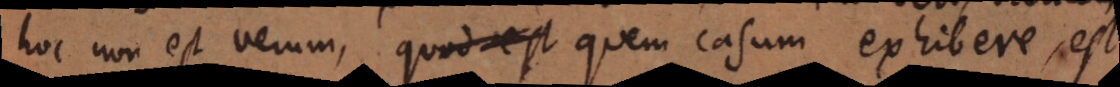
hoc non est verum, quem casum exhibere, est